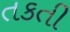
તકતી